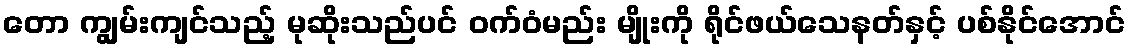
တော ကျွမ်းကျင်သည့် မုဆိုးသည်ပင် ဝက်ဝံမည်း မျိုးကို ရိုင်ဖယ်သေနတ်နှင့် ပစ်နိုင်အောင်